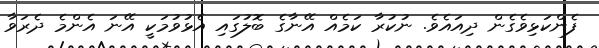
ފެންކަޅިވެގެން ދިއައެވެ. ނުކުރާ ކަމެއް އޭނާގެ ބޮލުގައި އެޅުވުމަކީ އޭނަ އެންމެ ދެރަވާ